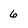
Character: 6